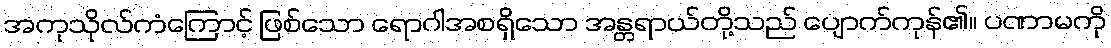
အကုသိုလ်ကံကြောင့် ဖြစ်သော ရောဂါအစရှိသော အန္တရာယ်တို့သည် ပျောက်ကုန်၏။ ပဏာမကို